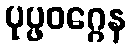
ပုပ္ဖဝဂ္ဂေန